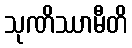
သုဏိဿာမီတိ